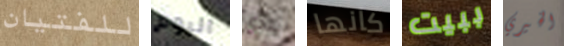
للفتيان اليوم لندي كانها ببيت الخيري